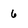
Character: 6